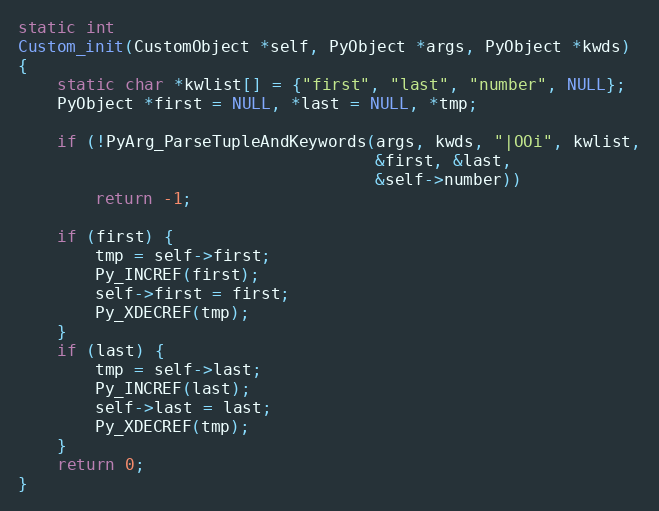
Language: C
static int
Custom_init(CustomObject *self, PyObject *args, PyObject *kwds)
{
    static char *kwlist[] = {"first", "last", "number", NULL};
    PyObject *first = NULL, *last = NULL, *tmp;

    if (!PyArg_ParseTupleAndKeywords(args, kwds, "|OOi", kwlist,
                                     &first, &last,
                                     &self->number))
        return -1;

    if (first) {
        tmp = self->first;
        Py_INCREF(first);
        self->first = first;
        Py_XDECREF(tmp);
    }
    if (last) {
        tmp = self->last;
        Py_INCREF(last);
        self->last = last;
        Py_XDECREF(tmp);
    }
    return 0;
}